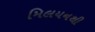
મિલયનથી